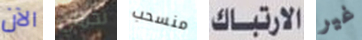
الآن تحملي منسحب الارتباك غير